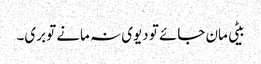
بیٹی مان جائے تو دیوی نہ مانے تو بری۔